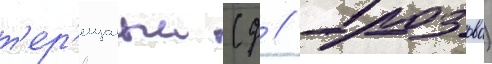
т'ер'ещатыи (д // Грозово)